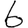
Digit: 6